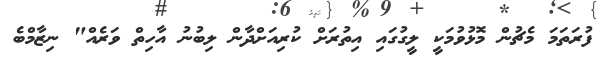
ފުރަތަމަ މެޗުން މޮޅުވުމަކީ ލީގުގައި އިތުރަށް ކުރިއަށްދާން ލިބުނު އާހިތް ވަރެއް" ނިޒާމްބެ